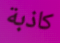
كاذبة